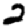
Digit: 2